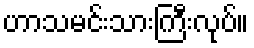
ဟာသမင်းသားကြီးလုပ်။